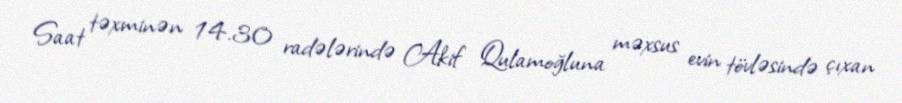
Saat təxminən 14.30 radələrində Akif Qulamoğluna məxsus evin tövləsində çıxan